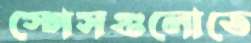
স্পেসগুলোতে